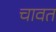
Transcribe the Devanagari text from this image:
चावत